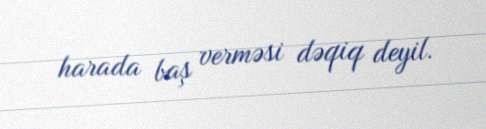
harada baş verməsi dəqiq deyil.